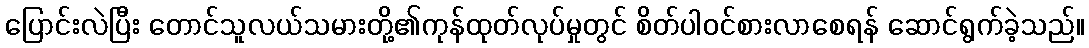
ပြောင်းလဲပြီး တောင်သူလယ်သမားတို့၏ကုန်ထုတ်လုပ်မှုတွင် စိတ်ပါဝင်စားလာစေရန် ဆောင်ရွက်ခဲ့သည်။